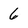
Character: 6